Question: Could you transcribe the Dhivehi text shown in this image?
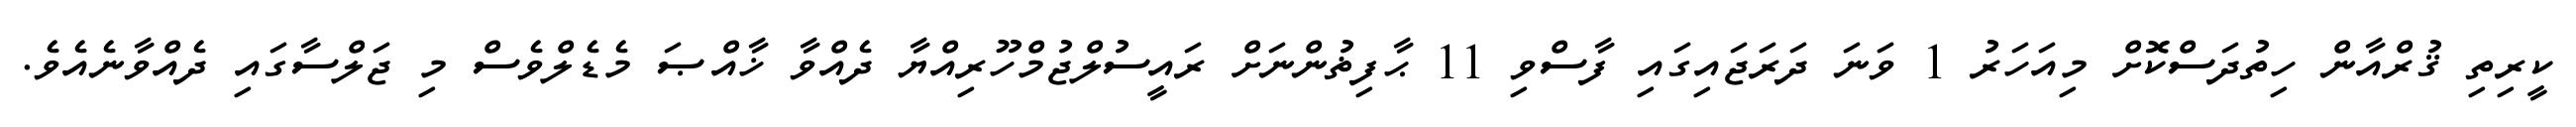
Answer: ކީރިތި ޤުރްއާން ހިތުދަސްކޮށް މިއަހަރު 1 ވަނަ ދަރަޖައިގައި ފާސްވި 11 ޙާފިޡުންނަށް ރައީސުލްޖުމްހޫރިއްޔާ ދެއްވާ ޚާއްޞަ މެޑެލްވެސް މި ޖަލްސާގައި ދެއްވާނެއެވެ.